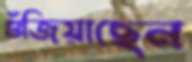
গুঁজিয়াছেন